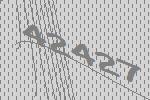
42427